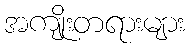
အကျိုးတရားများ